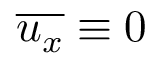
\overline { { u _ { x } } } \equiv 0